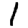
Digit: 1